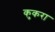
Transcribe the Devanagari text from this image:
कुकरा